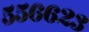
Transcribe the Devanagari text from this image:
५५६६२३